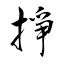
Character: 掙